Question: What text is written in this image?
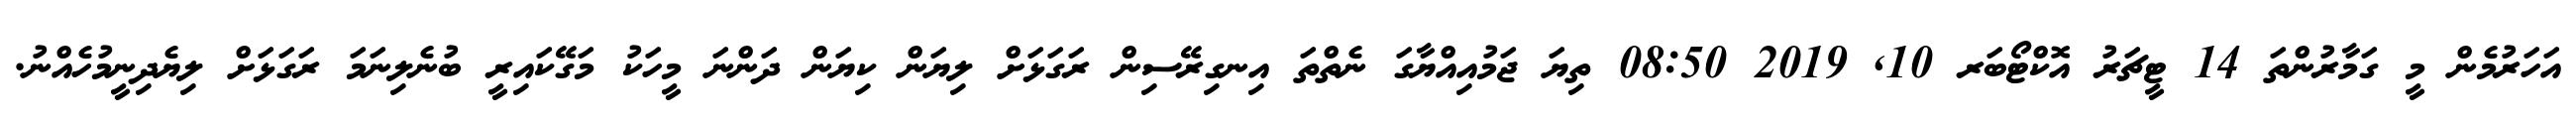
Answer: އަހަރުމެން މީ ގަމާރުންތަ 14 ޓީޗަރު އޮކްޓޯބަރ 10, 2019 08:50 ތިޔަ ޖަމުއިއްޔާގަ ނެތްތަ އިނގިރޭސިން ރަގަޅަށް ލިޔަން ކިޔަން ދަންނަ މީހަކު މަގޭކައިރީ ބުނެލިނަމަ ރަގަޅަށް ލިޔެދިނީމުހެއްނު.